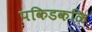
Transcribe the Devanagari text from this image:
पकिडकळि